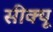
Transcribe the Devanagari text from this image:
सीक्यू